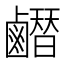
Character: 𪊂